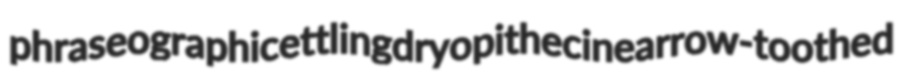
phraseographic ettling dryopithecine arrow-toothed